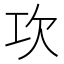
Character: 𣢈